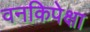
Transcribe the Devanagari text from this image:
वनकिपेक्षा